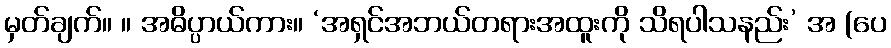
မှတ်ချက်။ ။ အဓိပ္ပာယ်ကား။ ‘အရှင်အဘယ်တရားအထူးကို သိရပါသနည်း’ အ (ပေ